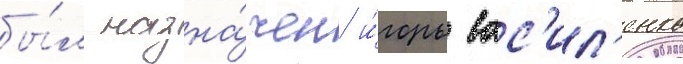
бы́л назна́чен и́горь вас'ил'енко